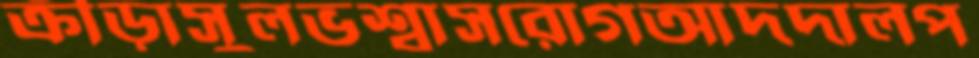
ক্রীড়াসুলভশ্বাসরোগআদদালপ